Vital statistics of India. Vol. IV, Annual returns from 1871 to 1876. British Army of India, Native Army and jails of Bengal
Year: 1871
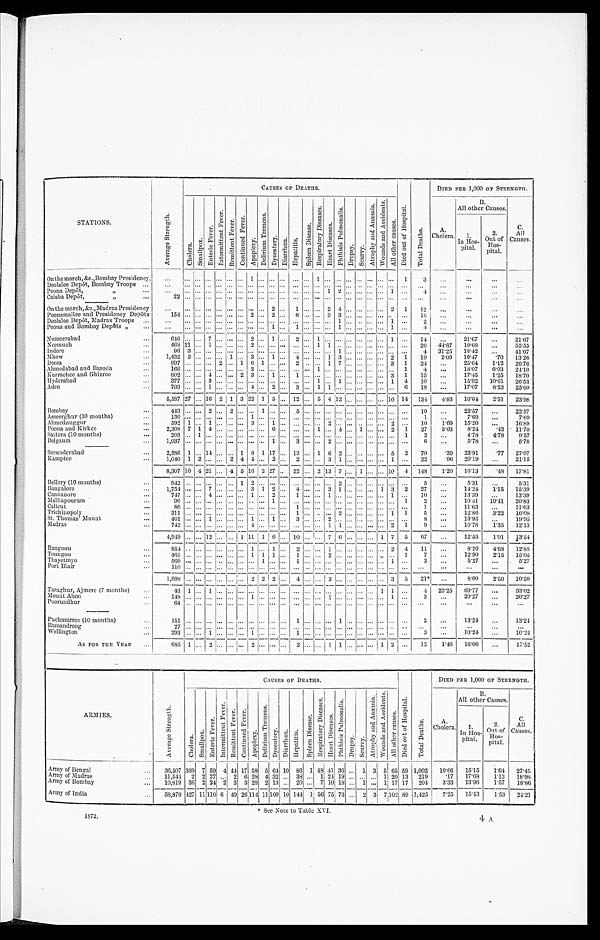
STATIONS.
A v e r a g e S t r e n g t h .
CAUSES OF DEATHS.
D i e d o u t o f H o s p i t a l .
T o t a l D e a t h s
DIED PER 1,000 of STRENGTH.
C h o l e r a .
S m a l l p o x .
E n t e r i c F e v e r .
I n t e r m i t t e n t F e v e r .
R e m i t t e n t F e v e r .
C o n t i n u e d F e v e r .
A p o p l e x y .
D e l i r i u m T r e m e n s .
D y s e n t e r y . D i a r r h œ a . H e p a t i t i s .
S p l e e n D i s e a s e .
R e s p i r a t o r y D i s e a s e s .
H e a r t D i s e a s e s .
P h t h i s i s P u l m o n a l i s
D r o p s y . S c u r v y .
A t r o p h y a n d A n æ m i a . W o u n d s a n d A c c i d e n t s .
A l l o t h e r c a u s e s .
A.
Cholera.
B .
All other Causes.
C . A l l C a u s e s .
1 .
I n H o s -
p i t a l
2 .
O u t o f H o s -
p i t a l .
On the march, &c.,Bombay Presidency,
...
... ... ... ... ... ... 1 ... ... ... ... ... 1
. . . ... ... ...
'
... ...
. . . 1
3
. . .
...
. . .
. . .
Deolalee Depôt, Bombay Troops ...
. . .
. . . . . . . . . . . . . . . . . . . . . . . . . . . . . . . . . . . . . . . . . . . . . . . . . . . . . .
. . . . . .
. . .
. . . ...
. . .
. . .
. . .
poona Depôt,
,, ...
. . .
. . . . . . . . . . . . . . . . . . . . . . . . . . . . . . . . . . . . . . . 1
2 . . . . . . . . .
. . . 1
. . .
4
...
...
...
...
Colaba Depôt,
, , ...
22
...
...
...
...
...
...
...
...
...
...
...
...
...
...
...
...
...
...
...
...
...
...
...
...
...
...
—
On the march, &c., Madras Presidency
. . . . . . . . . . . . . . . . . . . . . . . . . . . 2 . . .
1 . . . . . . 2
4 . . .
. . . . . . . . . 2
1
1 2
...
. . .
...
...
Poonamallee and Presidency Depôts
1 5 4 . . . . . . . . . . . . . . . . . . 2 . . . 2 . . .
6 . . . . . . 3
3 . . .
. . . . . . . . . . . .
. . .
1 6
...
...
...
...
Deolalee Depôt, Madras Troops ...
...
...
... ... ... ... ... ... ... ... ... ... ... ... 1 ... .. ... ...
1 ...
2
...
. . .
...
...
Poona and Bombay Depôts „
...
. . .
. . . ...
. . . . . . . . . . . . . . . . . . 1
. . . 1 . . . . . . . . . 1 . . . . . . . . . . . . 1
. . .
4
...
...
...
...
Nusseerabad
...
6 4 6
. . . . . . 7 . . . . . . . . . 2 . . . 1
. . . 2 . . . 1 . . . . . . . . . . . . . . . . . . 1
. . .
1 4
...
21.67
...
21.67
Neemuch
...
468 21 ... 1 ... ... ... 2 ... ... ... ... ... 1 1
. . . ... ... ... ... ... ...
26 44.87
10.68
...
55.55
Indore
...
9 6 3 . . . . . . . . . . . . . . . . . . . . . . . . . . . . . . . . . . . . . . . 1 . . . . . . . . . . . . . . .
. . . 4 31.25
10.42
. . . 41.67
Mhow
...
1,432 3 ... ... ... 1 ... 3 ... 1 ... 4 ... ... 1 3 ... ... ... ... 2 1
19
2.09 10.47
.70
13.26
Deesa
...
8 9 7 . . . . . . . . . 2 . . . 1 6 1 . . . . .
. . . 2 . . . . . . 1
7 . . . . . . . . . . . . 3
1
2 4
...
25.64
1.12
26.76
Ahmedabad and Baroda
...
1 6 6 . . . . . . . . . . . . . . . . . . 2 . . . . . . . . . . . . . . . 1 . . . . . . . . . . . . . . . . . . . . .
1
4
...
18.07
6.03 24.10
Kurrachee and Ghizree
...
8 0 2 . . . . . . 4 . . . . . . 2 3 . . . 1
. . . 1 . . . . . . . . . . . . . . . . . . . . . . . . 3
1
1 5
...
17.45
1.25
18.70
Hyderabad
...
3 7 7 . . . . . . 3 . . . . . . . . . . . . . . . . . . . . . . . . . . . 1 . . . 1 . . . . . . . . . . . . 1
4
1 0
...
15.92
10.61
26.53
Aden
...
7 0 3 . . . . . . 1 . . . . . . . . . 4 . . . 2
. . . 3 . . . 1 1
. . . . . . . . . . . . . . . . . .
6
1 8
...
17.07
8.53 25.60
5,587 27 ... 16 2 1 3 22
1 5 ... 12 ...
5 4 12
. . .
... ...
. . . 10 14 134
4.83 16.64
2.51
23.98
Bombay
...
4 4 3 . . . . . . 2 . . . 2 . . . . . . 1 . . . . . . 5 . . . . . . . . . . . . . . .
. . . . . . . . . . . .
. . .
1 0
...
22.57
...
22.57
Asseerghur (10 months)
...
1 3 0 . . . . . . . . . . . . . . . . . . 1 . . . . . . . . . . . . . . . . . . . . . . . . . . .
. . . . . . . . . . . .
. . .
1
...
7.69
. . .
7.69
Ahmednuggur
...
5 9 2 1 . . . 1 . . . . . . . . . 3 . . . 1
. . . . . . . . . . . . 2
. . . . . .
. . . . . . . . . 2 ...
10
1.69
15.20
. . . 16.89
Poona and Kirkee
...
2,308 7 1 4 ... .. . ... ... ... 6
.
.. . . . ... 1 ... 4 ... 1
. . . ... 2 1
27
3.03
8.24
.43
11.70
Sattara (10 months)
...
2 0 9 . . . 1 . . . . . . . . . . . . . . . . . . . . . . . . . . . . . . . . . . . . . . . . . . . . . . . . . . . . . .
1
2
...
4.78
4.78 9.57
Belgaum...
1 , 0 3 7 . . . . . . . . . . . . . . . . . . . . . . . . 1
. . . 3 . . . . . . 2
. . . . . . . . . . . . . . . . . .
. . .
6
...
5.78
...
5.78
Secunderabad
...
2,586 1 ... 14 ... ... 1 8 1 17 ... 12 ... 1 6 2
. . . . . . ... .,. 5 2
70
.39
25.91
.77
27.07
Kamptee
...
1,040 1 2 ... ... 2 4 4 ... 2 ... 2 ... ... 3 1
...
. . . ... ... 1 ...
22
. 9 6
20.19
...
21.15
8,307 10 4 21 ...
4 5 16 2 27 . . . 22 ... 2 13 7 ... 1 ... ... 10 4 148
1.20 16.13
.48
17.81
Bellary (10 months)
...
9 4 2 .
. . . . . . . . . . . . . . . 1 2 . . . . . . . . .
. . . . . . . . . . . . 2 . . . . . . . . . . . . . . .
. . .
5 ...
5.31
...
5.31
Bangalore
...
1,754 ... ... 7 ... ... ... 3 1 2 ... 4 ... ... 3 1
. . . . . . ... 1 3 2
27
...
14.24
1.15
15.39
Cannanore
...
7 4 7 . . . . . . 4 . . . . . . . . . 1 . . . 2
. . . 1 . . . . . . 1
. . . ...
. . . . . . . . . 1
. . .
1 0
...
13.39
...
13.39
Malliapoorum
...
9 6 . . . . . . . . . . . . . . . . . . . . . . . . 1
. . . . . . . . . . . . . . . . . . . . . . . . . . . . . . . . .
1
2
...
10.41 10.41 20.83
Calicut
...
8 6 . . . . . . . . . . . . . . . . . . . . . . . . . . . . . . 1 . . . . . . . . . . . . . . . . . . . . . . . . . . .
. . .
1
...
11.63
...
11.63
Trichinopoly
3 1 1 . . . . . . . . . . . . . . . . . . . . . . . . . . . . . . 1 . . . . . . . . . 2 . . . . . . . . . . . . 1
1
5
...
12.86
3.22
16.08
St. Thomas' Mount
...
4 0 1 . . . . . . 1 . . . . . . . . . 1 . . . 1
. . . 3 . . . . . . 2
. . . . . . . . . . . . . . . . . .
. . .
8
...
19.95
...
19.95
Madras
...
7 4 2 . . . . . . . . . . . . . . . . . . 4 . . . . . . . . . . . . . . . . . . 1
1 . . . . . . . . . . . . 2
1
9 ...
10.78
1.35
12.13
—
4,949 ... ...
1 2
. . . _ . . . 1 11 1 6 ...
—
10 ... ...
7
6 ... ...
. . . 1 7
5
6 7 ...
12.53
1.01
13.54
Rangoon
...
8 5 4 . . . . . . . . . . . . . . . . . . 1 . . . 1
. . . 2 . . . . . . 1
. . . . . . . . . . . . . . . 2
4
1 1
...
8.20
4.68 12.88
Toungoo
...
4 6 5 . . . . . . . . . . . . . . . . . . 1 1 1
. . . 1 . . . . . . 2
. . . . . . . . . . . . . . . . . .
1
7
...
12.90
2.15
15.05
Thayetmyo
5 6 9 . . . . . . . . . . . . . . . . . . . . . 1 . . . . . . 1 . . . . . . . . . . . . . . . . . . . . . . . . 1
. . .
3
...
5.27
...
5.27
Port Blair
...
110
. . . . . . . . . . . . . . . . . . . . . . . . . . . . . . . . . . . . . . . . . . . . . . . . . . . . . . . . . . . .
. . .
. . .
. . . ...
...
. . .
1 , 9 9 8 . . . . . . . . .
. . . . . . . . . 2 . . . 2 2
4 . . .
. . . 3 . . .
. . . ... ... ...
_
3 5
21*
...
8.00
2.50
10.50
Taraghur, A,jmere (7 months)
...
4 3 1 . . . 1 . . . . . . . . . . . . . . . . . . . . . . . . . . . . . . . . . . . . . . . . . . . . . 1 1
. . .
4 23.25
69.77
...
93.02
Mount Aboo
...
1 4 8 . . . . . . . . . . . . . . . . . . 1 . . . . . . . . . . . . . . . . . . 1
. . . . . . . . . . . . . . . 1
. . .
3 ...
20.27
...
20.27
Poorudhur ...
6 4 . . . . . . . . . . . . . . . . . . . . . . . . . . . . . . . . . . . . . . . . . . . . . . . . . . . . . . . . . . . .
. . .
. . . ...
...
...
...
Puchmurree (10 months)
...
1 5 1 . . . . . . . . . . . . . . . . . . . . . . . . . . . . . . 1 . . . . . . . . . 1 . . . . . . . . . . . . . . .
. . .
2
...
13.24
...
13.24
Ramandroog
...
27
. . . . . . . . . . . . . . . . . . . . . . . . . . . . . . . . . . . . . . . . . . . . . . . . . . . . . . . . . . . .
. . .
. . .
. . .
. . .
. . . ...
Wellington
...
2 9 3 . . . . . . 1 . . . . . . . . . 1 . . . . . . . . . 1 . . . . . . . . . . . . . . . . . . . . . . . . . . .
. . .
3
...
10.24
...
10.24
AS FOR THE YEAR ...
685
1 ... 2
. . . . . . ... 2
. . . ... ... 2 ... ... 1 1 ... ... ... 1 2 ...
12
1.46
1 6 . 0 6
. . . 17.52
ARMIES.
A v e r a g e S t r e n g t h .
CAUSES OF DEATHS.
D i e d o u t o f H o s p i t a l .
T o t a l D e a t h s .
D I E D P E R 1 , 0 0 0 O F S T R E N G T H .
C h o l e r a .
S m a l l l p o x .
E n t e r i c F e v e r .
I n t e r m i t t e n t F e v e r .
R e m i t t e n t F e v e r . C o n t i n u e d F e v e r .
A p o p l e x y .
D e l i r i u m T r e m e n s .
D y s e n t e r y .
D i a r r h œ a . H e p a t i t i s .
S p l e e n D i s e a s e .
R e s p i r a t o r y D i s e a s e s .
H e a r t D i s e a s e s .
P h t h i s i s P u l m o n a l i s .
D r o p s y .
S c u r v y .
A t r o p h y a n d A n æ m i a .
W o u n d s a n d A c c i d e n t s .
A l l o t h e r c a u s e s .
A .
Cholera.
B.
B.
All other Causes.
C.
A l l
Causes.
1 .
In Hos-
pital.
2 .
Out of
Hos-
pital.
A r m y o f B e n g a l . . .
36,507 389
7 59 4 44 17 58 5 64 10 86 1 48 41 36 ... 1 3 5 65 59 1,002
10.66
15.15
1.64
27. 45
Army of Madras
..
11,544 2 2 27 ... 2 6 28 4 32 ... 38 ... 1 24 19 ... ... ... 1 20 13 219
.17
17.68
1.13
18. 98
Army of Bombay
...
10,819 36 2 24 2 3 3 28 2 13 ... 20 ... 7 10 18 ... 1 ... 1 17 17 204
3.33 13.96
1.57
18. 86
Army of India
...
58,870 427 11 110 6
4 9 26 114 11 109 10 144 1 56 75 73
. . . 2 3
7
102 89 1,425
7.25 15.43
1.53
•
2 4 . 2 1
*See Note to Table XVI.
1872.